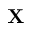
\textbf { X }